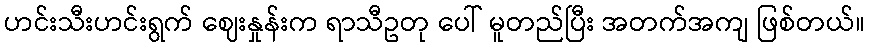
ဟင်းသီးဟင်းရွက် ဈေးနှုန်းက ရာသီဥတု ပေါ် မူတည်ပြီး အတက်အကျ ဖြစ်တယ်။